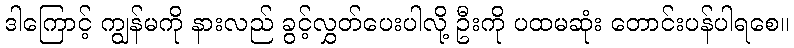
ဒါကြောင့် ကျွန်မကို နားလည် ခွင့်လွှတ်ပေးပါလို့ ဦးကို ပထမဆုံး တောင်းပန်ပါရစေ။